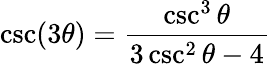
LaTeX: \csc(3\theta)={\frac{\csc^{3}\theta}{3\csc^{2}\theta-4}}